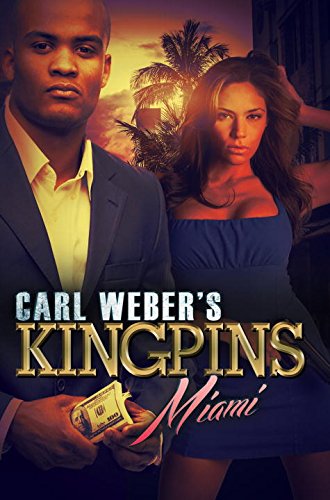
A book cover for Carl Weber's Kingpins: Miami; Nikki Turner; Mystery, Thriller & Suspense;